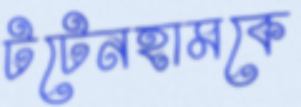
টটেনহামকে